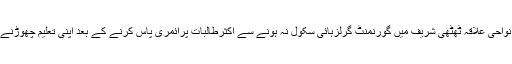
تفصیلات کے مطابق نواحی علاقہ ٹھٹھی شریف میں گورنمنٹ گرلزہائی سکول نہ ہونے سے اکثرطالبات پرائمری پاس کرنے کے بعد اپنی تعلیم چھوڑنے پرمجبورہوجاتی ہیں ۔